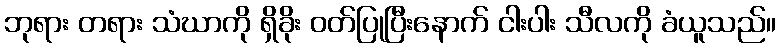
ဘုရား တရား သံဃာကို ရှိခိုး ဝတ်ပြုပြီးနောက် ငါးပါး သီလကို ခံယူသည်။